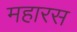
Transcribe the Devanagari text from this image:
महारस